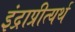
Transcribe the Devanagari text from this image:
इंद्राप्रीत्यर्थ